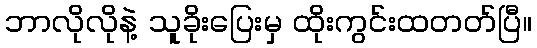
ဘာလိုလိုနဲ့ သူခိုးပြေးမှ ထိုးကွင်းထတတ်ပြီ။